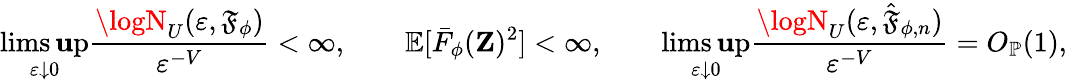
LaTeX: \operatorname*{lims\mathbf{u}p}_{\varepsilon\downarrow0}\frac{{\logN_{U}(\varepsilon,\mathfrak{{F}}_{\phi})}}{{\varepsilon^{-V}}}<\infty,\qquad\mathbb{{E}}[\bar{{F}}_{\phi}(\mathbf{{Z}})^{2}]<\infty,\qquad\operatorname*{lims\mathbf{u}p}_{\varepsilon\downarrow0}\frac{{\logN_{U}(\varepsilon,\hat{{\mathfrak{{F}}}}_{\phi,n})}}{{\varepsilon^{-V}}}=O_{\mathbb{{P}}}(1),